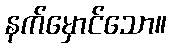
နက်မှောင်သော။